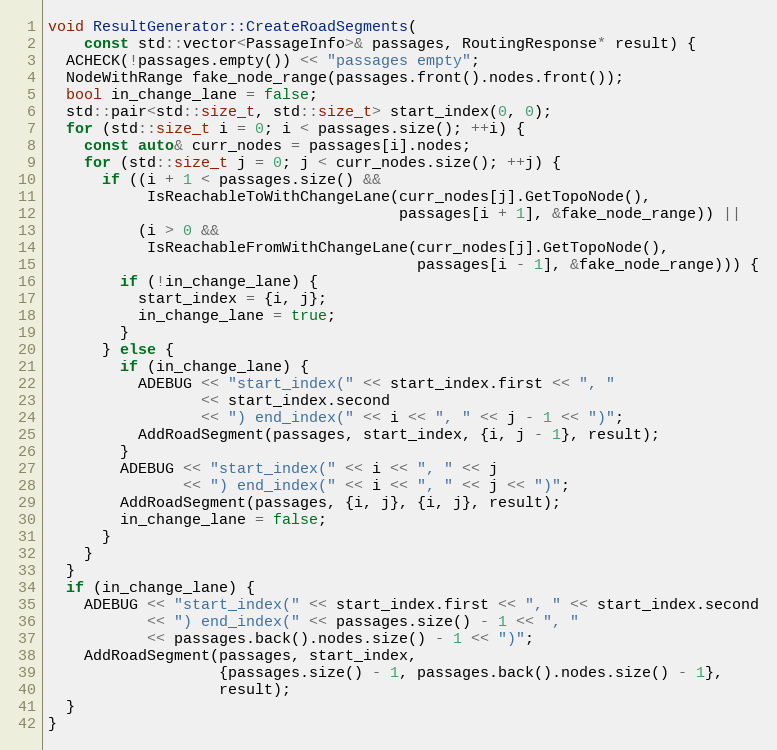
Language: C++
void ResultGenerator::CreateRoadSegments(
    const std::vector<PassageInfo>& passages, RoutingResponse* result) {
  ACHECK(!passages.empty()) << "passages empty";
  NodeWithRange fake_node_range(passages.front().nodes.front());
  bool in_change_lane = false;
  std::pair<std::size_t, std::size_t> start_index(0, 0);
  for (std::size_t i = 0; i < passages.size(); ++i) {
    const auto& curr_nodes = passages[i].nodes;
    for (std::size_t j = 0; j < curr_nodes.size(); ++j) {
      if ((i + 1 < passages.size() &&
           IsReachableToWithChangeLane(curr_nodes[j].GetTopoNode(),
                                       passages[i + 1], &fake_node_range)) ||
          (i > 0 &&
           IsReachableFromWithChangeLane(curr_nodes[j].GetTopoNode(),
                                         passages[i - 1], &fake_node_range))) {
        if (!in_change_lane) {
          start_index = {i, j};
          in_change_lane = true;
        }
      } else {
        if (in_change_lane) {
          ADEBUG << "start_index(" << start_index.first << ", "
                 << start_index.second
                 << ") end_index(" << i << ", " << j - 1 << ")";
          AddRoadSegment(passages, start_index, {i, j - 1}, result);
        }
        ADEBUG << "start_index(" << i << ", " << j
               << ") end_index(" << i << ", " << j << ")";
        AddRoadSegment(passages, {i, j}, {i, j}, result);
        in_change_lane = false;
      }
    }
  }
  if (in_change_lane) {
    ADEBUG << "start_index(" << start_index.first << ", " << start_index.second
           << ") end_index(" << passages.size() - 1 << ", "
           << passages.back().nodes.size() - 1 << ")";
    AddRoadSegment(passages, start_index,
                   {passages.size() - 1, passages.back().nodes.size() - 1},
                   result);
  }
}